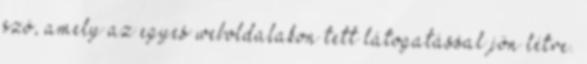
szó, amely az egyes weboldalakon tett látogatással jön létre.